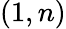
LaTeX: (1,n)